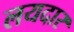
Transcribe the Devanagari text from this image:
लयदार